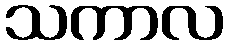
သကာလ